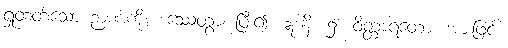
ရှုတတ်သော ဉာဏ်ကို။ ဒဿေတွာ၊ ပြီး၍။ ဣဒါနိ၊ ၌။ ဝိတ္ထာရတော၊ အားဖြင့်။